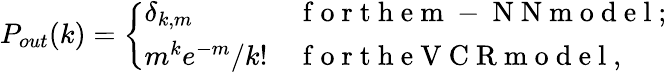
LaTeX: P_{out}(k)=\left\{ \begin{array}{ll}{\delta_{k,m}}&{\mathrm{~f~o~r~t~h~e~m~-~N~N~m~o~d~e~l~};}\\ {m^{k}e^{-m}/k!}&{\mathrm{~f~o~r~t~h~e~V~C~R~m~o~d~e~l~},}\end{array}\right.